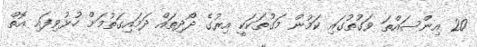
20 އިންސައްތަ ވަގުތުގައި ކަމުން މަގުތަކަކީ އިރުގެ ދޯދިތައް ދަމައިގަތުމަށް ހުޅުވިފައި އޮތް